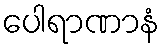
ပေါရာဏာနံ